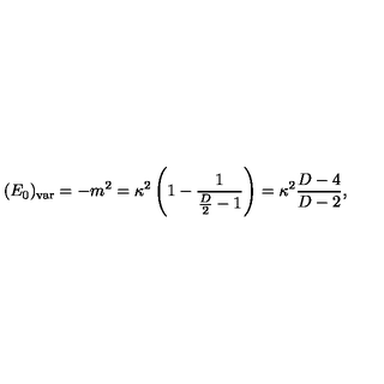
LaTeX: ( E _ { 0 } ) _ { \mathrm { v a r } } = - m ^ { 2 } = \kappa ^ { 2 } \left( 1 - { \frac { 1 } { { \frac { D } { 2 } } - 1 } } \right) = \kappa ^ { 2 } { \frac { D - 4 } { D - 2 } } ,